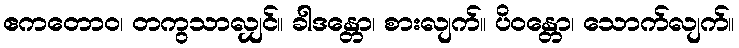
ဧကတောဝ၊ တကွသာလျှင်။ ခါဒန္တော၊ စားလျက်။ ပိဝန္တော၊ သောက်လျက်။